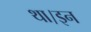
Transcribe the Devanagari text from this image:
था।इन